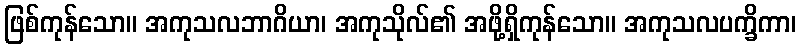
ဖြစ်ကုန်သော။ အကုသလဘာဂိယာ၊ အကုသိုလ်၏ အဖို့ရှိကုန်သော။ အကုသလပက္ခိကာ၊